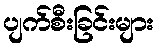
ပျက်စီးခြင်းများ